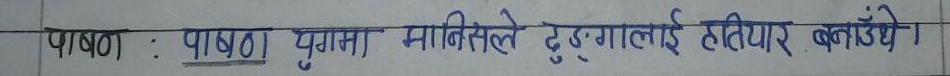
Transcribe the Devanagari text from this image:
पाषाण : पाषाण युगमा मानिसले ढुङ्गालाई हतियार बनाउँथेँ।